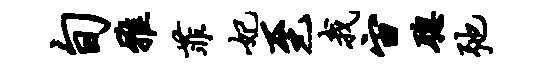
旬雅菲妃至我宙聪弛